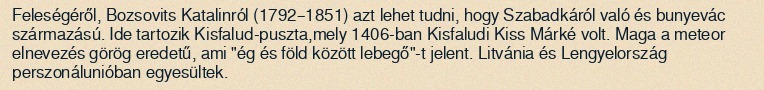
Feleségéről, Bozsovits Katalinról (1792–1851) azt lehet tudni, hogy Szabadkáról való és bunyevác származású. Ide tartozik Kisfalud-puszta,mely 1406-ban Kisfaludi Kiss Márké volt. Maga a meteor elnevezés görög eredetű, ami "ég és föld között lebegő"-t jelent. Litvánia és Lengyelország perszonálunióban egyesültek.